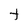
Character: t